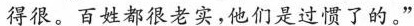
得很。百姓都很老实,他们是过惯了的。”